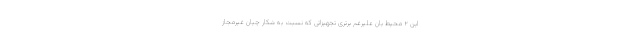
این ۲ محیط بان علیرغم برتری تجهیزاتی که نسبت به شکار چیان غیرمجاز